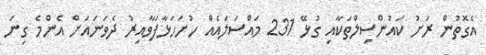
އެގޮތުން ރަށު ކައުންސިލްތަކާއި ގުޅޭ 231 މައްސަލައެއް ހުށަހަޅާފަވާއިރު ދެވަނައަށް އެންމެ ގިނަ